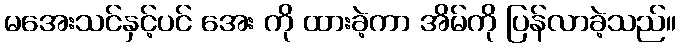
မအေးသင်နှင့်ပင် အေး ကို ထားခဲ့ကာ အိမ်ကို ပြန်လာခဲ့သည်။